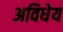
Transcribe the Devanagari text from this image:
अविधेय